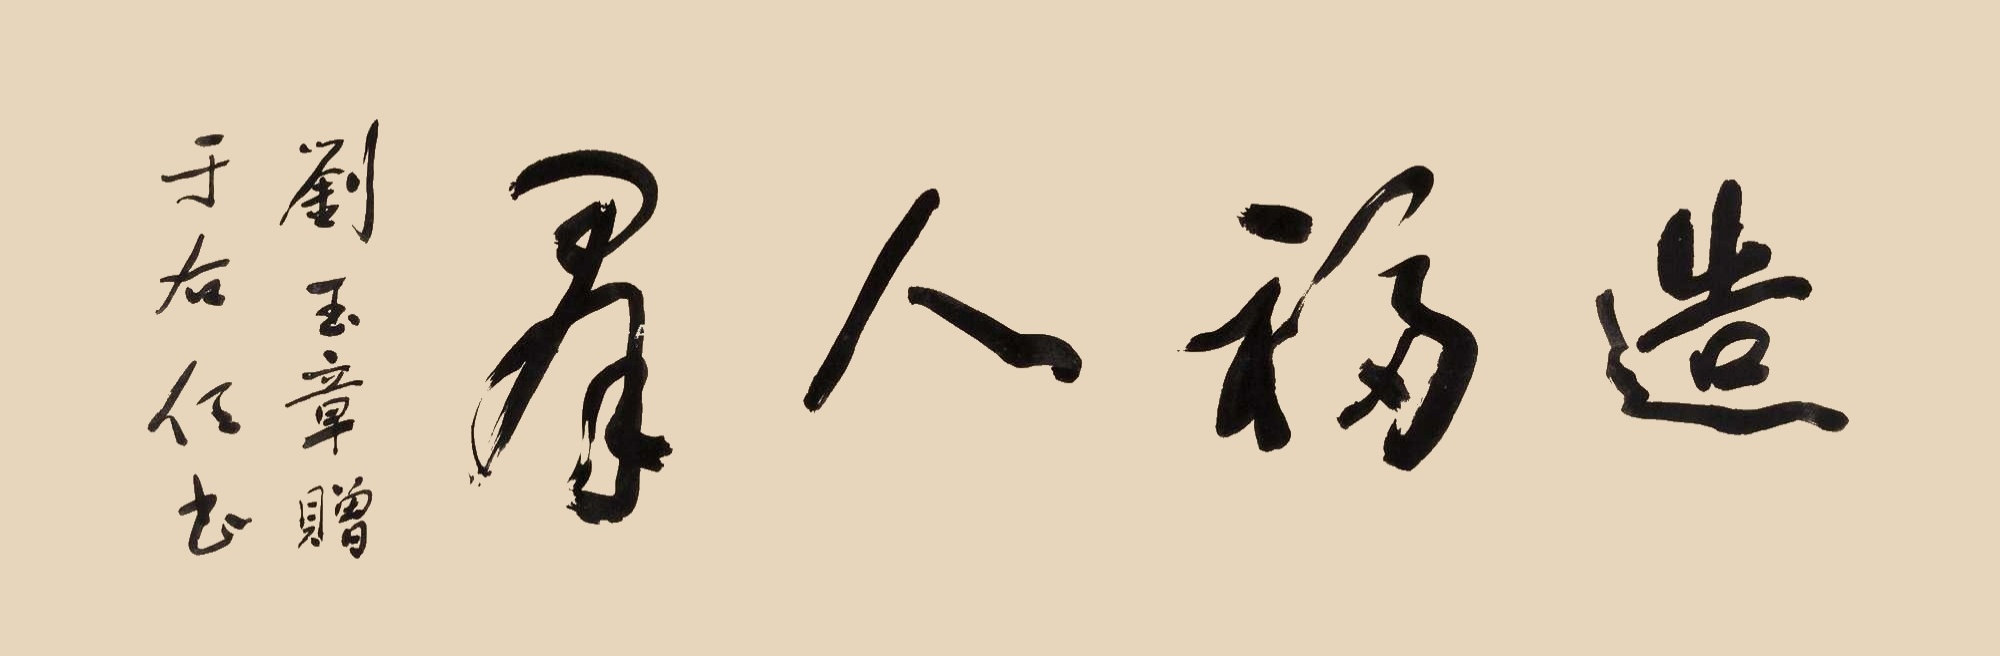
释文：造福人群。刘玉章赠，于右任书。